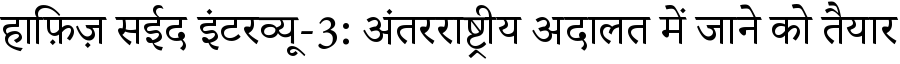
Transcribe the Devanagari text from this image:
हाफ़िज़ सईद इंटरव्यू-3: अंतरराष्ट्रीय अदालत में जाने को तैयार